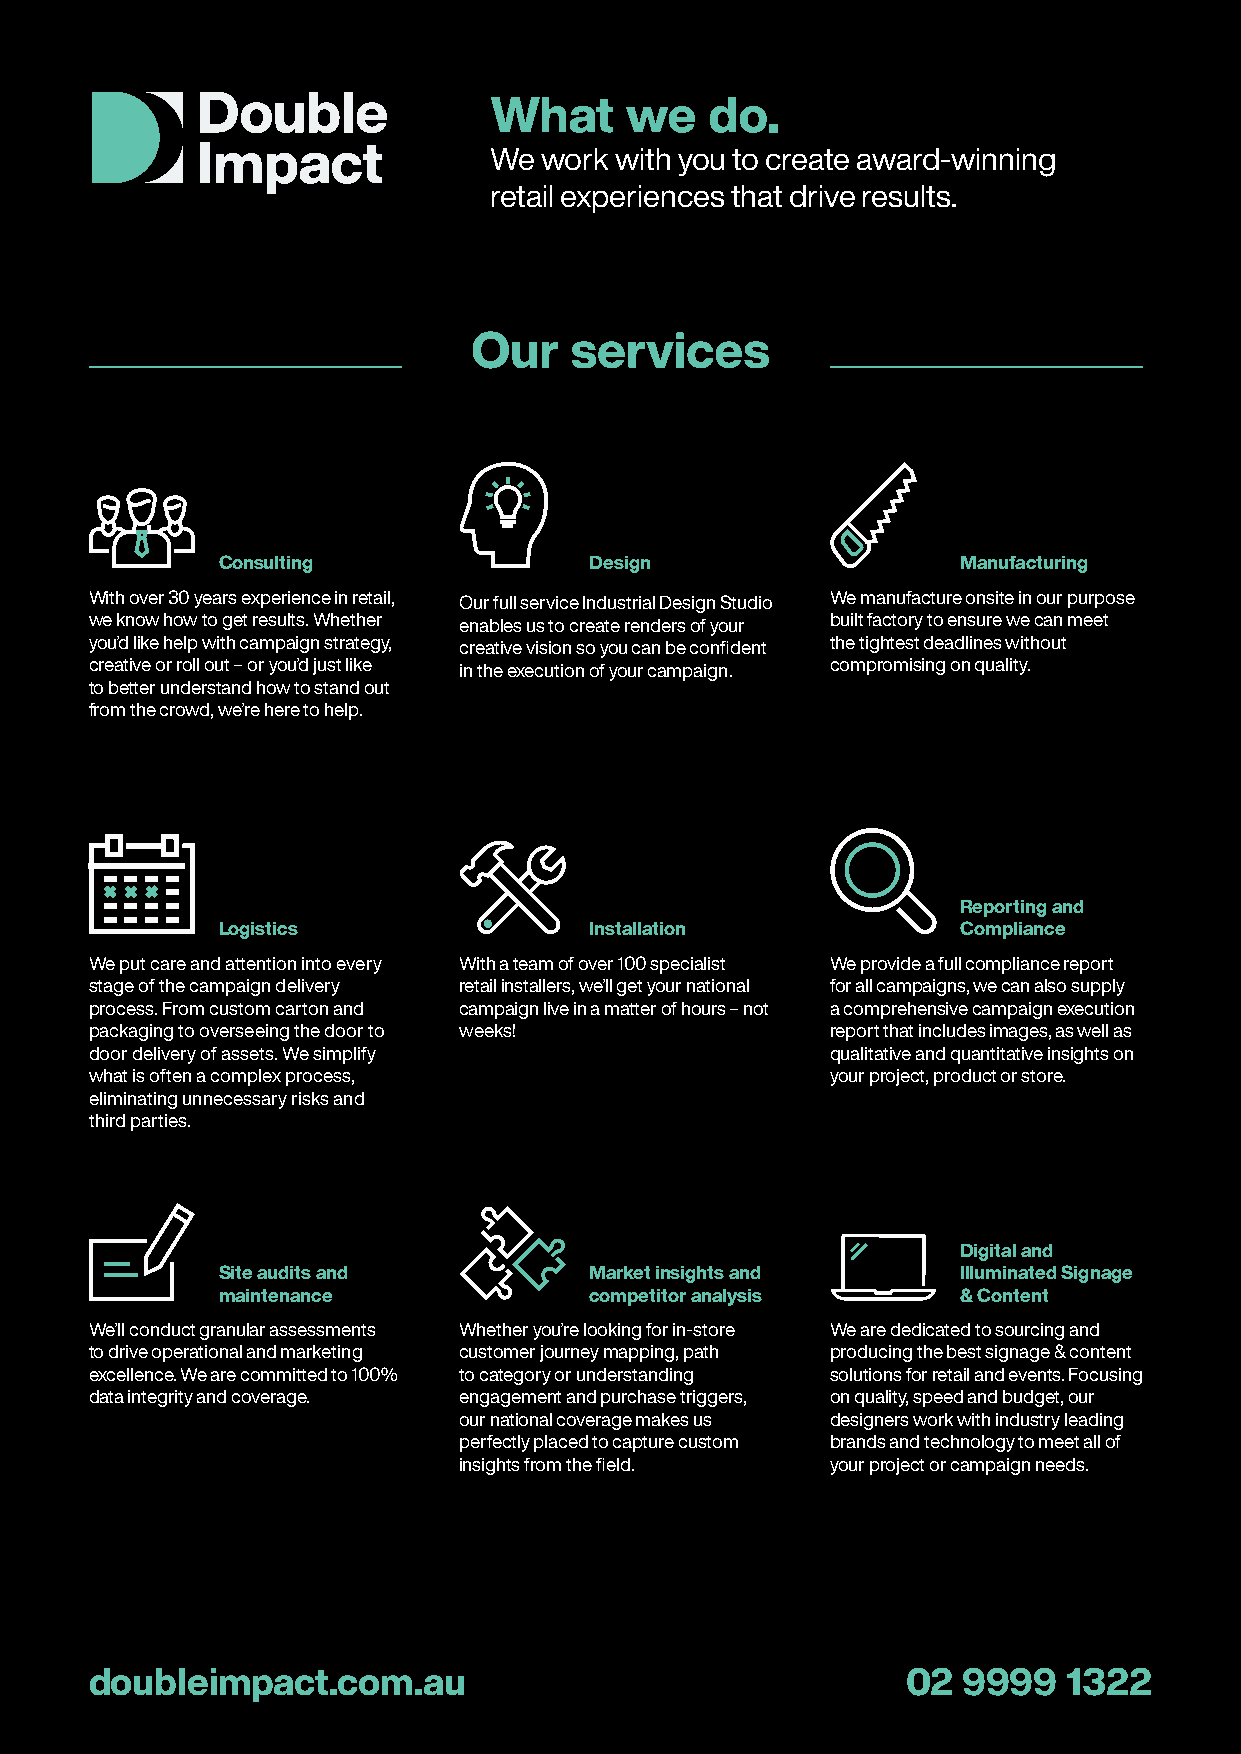
What     we    do.
 We  work with you to create award-winning
 retail experiences that drive results.
 Our    services
 Consulting               Design                   Manufacturing
 With over 30 years experience in retail, Our full service Industrial Design Studio We manufacture onsite in our purpose
 we know how to get results. Whether enables us to create renders of your built factory to ensure we can meet
 you’d like help with campaign strategy, creative vision so you can be confident the tightest deadlines without
 creative or roll out – or you’d just like in the execution of your campaign. compromising on quality.
 to better understand how to stand out
 from the crowd, we’re here to help.
 Reporting and
 Logistics                Installation             Compliance
 We put care and attention into every With a team of over 100 specialist We provide a full compliance report
 stage of the campaign delivery retail installers, we’ll get your national for all campaigns, we can also supply
 process. From custom carton and campaign live in a matter of hours – not a comprehensive campaign execution
 packaging to overseeing the door to weeks!       report that includes images, as well as
 door delivery of assets. We simplify             qualitative and quantitative insights on
 what is often a complex process,                 your project, product or store.
 eliminating unnecessary risks and
 third parties.
 Digital and
 Site audits and          Market insights and      Illuminated Signage
 maintenance              competitor analysis      & Content
 We’ll conduct granular assessments Whether you’re looking for in-store We are dedicated to sourcing and
 to drive operational and marketing customer journey mapping, path producing the best signage & content
 excellence. We are committed to 100% to category or understanding solutions for retail and events. Focusing
 data integrity and coverage. engagement and purchase triggers, on quality, speed and budget, our
 our national coverage makes us designers work with industry leading
 perfectly placed to capture custom brands and technology to meet all of
 insights from the field. your project or campaign needs.
 doubleimpact.com.au                                   02  9999   1322